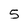
Character: 5